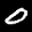
Label: 0